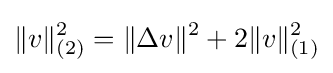
\|v\|_{(2)}^{2}=\|\Delta v\|^{2}+2\|v\|_{(1)}^{2}